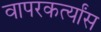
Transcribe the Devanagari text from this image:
वापरकर्त्यांस